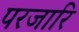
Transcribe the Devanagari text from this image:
परजारि